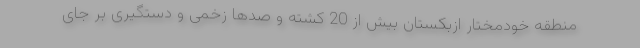
منطقه خودمختار ازبکستان بیش از 20 کشته و صدها زخمی و دستگیری بر جای